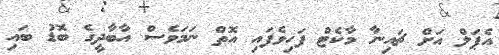
އެޕަލް އަށް ޗައިނާ މާކެޓް ފަހިވެފައި އޮތް ނަމަވެސް އާބާދީގެ ބޮޑު ބައި